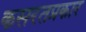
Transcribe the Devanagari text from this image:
कसरतप्रकार